Lunatic asylums Bombay report 1878-1890 - 1878-1890
Year: 1878
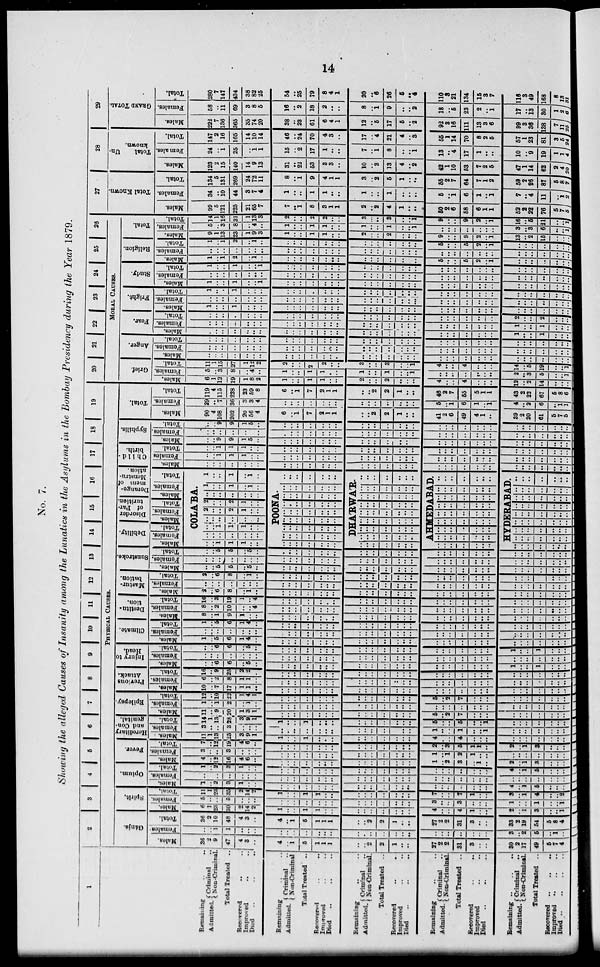
14
No. 7.
Showing the alleged Causes of Insanity among the Lunatics in the Asylums in the Bombay Presidency during the Year 1879.
1
Remaining ..
Admitted. Criminal ..
Non-Criminal.
Total Treated
..
Recovered .. ..
Improved .. ..
Died .. ..
Remaining .. ..
Admitted. Criminal ..
Non-Criminal
Total Treated
..
Recovered .. ..
Improved .. ..
Died .. .. ..
Remaining .. .. ..
Admitted. Criminal ..
Non-Criminal.
Total Treated ..
Recovered
..
..
Improved .. ..
Died .. .. ..
Remaining
..
..
Admitted. Criminal ..
Non-Criminal.
Total Treated ..
Recovered
..
..
Improved .. ..
Died .. .. ..
Remaining
..
..
..
Admitted. Criminal
..
Non-Criminal.
Total Treated ..
Recovered
..
..
..
Improved .. .. ..
Died
..
..
..
..
2
3
4 5
6
7
8
9
10 11 12 13 14
15
16
17
18
19
PHYSICAL CAUSES.
Gánja.
Males.
36
2
9
47
4
3
..
4
..
1
5
1
1
1
..
..
2
2
1
..
..
27
2
2
31
3
..
..
30
2
17
49
5
7
4
Females.
..
..
1
1
..
..
..
..
..
..
..
..
..
..
..
..
..
..
..
..
..
..
..
..
..
..
..
..
3
..
2
6
..
1
..
Total.
36
2
10
48
4
3
..
4
..
1
5
1
1
1
..
..
2
2
1
..
..
27
2
2
31
3
..
..
33
2
19
54
5
8
4
Spirit.
Males.
6
1
25
30
2
14
2
1
..
..
1
1
..
..
..
..
..
..
..
..
..
4
..
..
4
1
..
..
2
..
1
3
..
..
1
Females.
5
..
..
5
..
..
..
..
..
..
..
..
..
..
..
..
..
..
..
..
..
3
..
..
3
..
..
..
3
..
..
1
..
..
1
Total.
11
1
23
35
2
14
2
1
..
..
1
1
..
..
..
..
..
..
..
..
..
7
..
..
7
1
..
..
3
..
1
4
..
..
2
Opium.
Males.
1
..
2
3
1
..
..
..
..
..
..
..
..
..
..
..
..
..
..
..
..
..
..
..
..
..
..
..
4
..
1
5
..
..
..
Females.
..
..
..
..
..
..
..
..
..
..
..
..
..
..
..
..
..
..
..
..
..
..
..
..
..
..
..
..
..
..
..
..
..
..
..
Total.
1
..
2
3
1
..
..
..
..
..
..
..
..
..
..
..
..
..
..
..
..
..
..
..
..
..
..
..
4
..
1
5
..
..
..
Fever.
Males.
4
..
12
16
4
6
..
..
..
..
..
..
..
..
..
..
..
..
..
..
..
1
..
2
3
..
1
..
2
..
1
3
..
..
..
Females.
3
..
..
3
..
..
..
..
..
..
..
..
..
..
..
..
..
..
..
..
..
1
..
1
2
1
..
..
..
..
..
..
..
..
..
Total.
7
..
12
19
4
6
..
..
..
..
..
..
..
..
..
..
..
..
..
..
..
2
..
3
5
1
1
..
2
..
1
3
..
..
..
Hereditary
and Con-
genital.
Males. .
11
1
13
25
3
9
1
1
..
..
1
..
..
..
..
..
..
..
..
..
..
4
..
..
4
..
..
..
..
..
..
..
..
..
..
Females.
3
..
..
3
..
..
..
1
..
..
..
..
..
..
..
..
..
..
..
..
..
1
..
..
1
..
..
1
..
..
..
..
..
..
..
Total.
14
1
13
28
3
9
1
1
..
..
1
..
..
..
..
..
..
..
..
..
..
5
..
..
5
..
..
1
..
..
..
..
..
..
..
Epilepsy.
Males.
11
..
9
20
1
3
1
..
..
..
..
..
..
..
..
..
..
..
..
..
..
5
..
2
7
..
..
..
..
..
..
..
..
..
..
Females.
1
..
1
2
..
1
..
..
..
..
..
..
..
..
..
..
..
..
..
..
..
..
..
..
..
..
..
..
..
..
..
..
..
..
..
Total.
12
..
10
22
1
4
1
..
..
..
..
..
..
..
..
..
..
..
..
..
..
5
..
2
7
..
..
..
..
..
..
..
..
..
..
Previous
Attack.
Males.
10
..
7
17
1
1
..
..
..
..
..
..
..
..
..
..
..
..
..
..
..
..
..
..
..
..
..
..
..
..
..
..
..
..
..
Females.
6
..
2
8
1
1
..
..
..
..
..
..
..
..
..
..
..
..
..
..
..
..
..
..
..
..
..
..
..
..
..
..
..
..
..
Total.
16
..
9
25
2
2
..
..
..
..
..
..
..
..
..
..
..
..
..
..
..
..
..
..
..
..
..
..
..
..
..
..
..
..
..
Injury to
Head.
Males.
..
..
6
6
..
5
..
..
..
..
..
..
..
..
..
..
..
..
..
..
..
..
..
..
..
..
..
..
1
..
..
1
..
..
..
Females.
..
..
..
..
..
..
..
..
..
..
..
..
..
..
..
..
..
..
..
..
..
..
..
..
..
..
..
..
..
..
..
..
..
..
..
Total.
..
..
6
6
..
5
..
..
..
..
..
..
..
..
..
..
..
..
..
..
..
..
..
..
..
..
..
..
1
..
..
1
..
..
..
Climate.
Males.
1
..
5
6
1
4
..
..
..
..
..
..
..
..
..
..
..
..
..
..
..
..
..
..
..
..
..
..
..
..
..
..
..
..
..
Females.
..
..
..
..
..
..
..
..
..
..
..
..
..
..
..
..
..
..
..
..
..
..
..
..
..
..
..
..
..
..
..
..
..
..
..
Total.
1
..
5
6
1
..
..
..
..
..
..
..
..
..
..
..
..
..
..
..
..
..
..
..
..
..
..
..
..
..
..
..
..
..
..
Destitu-
tion.
Males.
8
..
1
9
1
..
..
..
..
..
..
..
..
..
..
..
..
..
..
..
..
..
..
..
..
..
..
..
..
..
..
..
..
..
..
Females.
8
..
2
10
..
..
4
..
..
..
..
..
..
..
..
..
..
..
..
..
..
..
..
..
..
..
..
..
..
..
..
..
..
..
..
Total.
16
..
3
19
1
..
4
..
..
..
..
..
..
..
..
..
..
..
..
..
..
..
..
..
..
..
..
..
..
..
..
..
..
..
..
Mastur-
bation.
Males.
2
..
6
8
..
1
..
..
..
..
..
..
..
..
..
..
..
..
..
..
..
..
..
..
..
..
..
..
..
..
..
..
..
..
..
Females.
..
..
..
..
..
..
..
..
..
..
..
..
..
..
..
..
..
..
..
..
..
..
..
..
..
..
..
..
..
..
..
..
..
..
..
Total.
2
..
6
8
..
1
..
..
..
..
..
..
..
..
..
..
..
..
..
..
..
..
..
..
..
..
..
..
..
..
..
..
..
..
..
Sunstroke.
Males.
..
..
5
5
..
5
..
..
..
..
..
..
..
..
..
..
..
..
..
..
..
..
..
..
..
..
..
..
..
..
..
..
..
..
..
Females.
..
..
..
..
..
..
..
..
..
..
..
..
..
..
..
..
..
..
..
..
..
..
..
..
..
..
..
..
..
..
..
..
..
..
..
Total.
..
..
5
5
..
5
..
..
..
..
..
..
..
..
..
..
..
..
..
..
..
..
..
..
..
..
..
..
..
..
..
..
..
..
..
Debility.
Males.
Females.
Total.
Disorder
of Par-
turition.
Males.
Females.
Total.
Derange-
ment of
Menstru-
ation .
Males.
Females.
Total.
COLA'BA.
..
..
1
1
1
..
..
..
..
..
..
..
..
..
..
..
1
1
1
..
..
..
..
..
..
..
..
..
2
..
..
2
1
..
..
2
..
..
2
1
..
..
..
..
..
..
..
..
..
1
..
..
1
..
1
..
1
..
..
1
..
1
..
POONA.
..
..
..
..
..
..
..
..
..
..
..
..
..
..
..
..
..
..
..
..
..
..
..
..
..
..
..
..
..
..
..
..
..
..
..
..
..
..
..
..
..
..
..
..
..
..
..
..
..
..
..
..
..
..
..
..
..
..
..
..
..
..
..
DHA'RWA'R.
..
..
..
..
..
..
..
..
..
..
..
..
..
..
..
..
..
..
..
..
..
..
..
..
..
..
..
..
..
..
..
..
..
..
..
..
..
..
..
..
..
..
..
..
..
..
..
..
..
..
..
..
..
..
..
..
..
..
..
..
..
..
..
AHMEDABAD.
..
..
..
..
..
..
..
..
..
..
..
..
..
..
..
..
..
..
..
..
..
..
..
..
..
..
..
..
..
..
..
..
..
..
..
..
..
..
..
..
..
..
..
..
..
..
..
..
..
..
..
..
..
..
..
..
..
..
..
..
..
..
..
HYDERABAD.
..
..
..
..
..
..
..
..
..
..
..
..
..
..
..
..
..
..
..
..
..
..
..
..
..
..
..
..
..
..
..
..
..
..
..
..
..
..
..
..
..
..
..
..
..
..
..
..
..
..
..
..
..
..
..
..
..
..
..
..
..
..
..
Child-
birth.
Males.
..
..
..
..
..
..
..
..
..
..
..
..
..
..
..
..
..
..
..
..
..
..
..
..
..
..
..
..
..
..
..
..
..
..
..
Females
..
..
1
1
1
..
..
..
..
..
..
..
..
..
..
..
..
..
..
..
..
..
..
..
..
..
..
..
..
..
..
..
..
..
..
Total.
..
..
1
1
1
..
..
..
..
..
..
..
..
..
..
..
..
..
..
..
..
..
..
..
..
..
..
..
..
..
..
..
..
..
..
Syphilis.
Males.
..
..
9
9
1
5
..
..
..
..
..
..
..
..
..
..
..
..
..
..
..
..
..
..
..
..
..
..
..
..
..
..
..
..
..
Females.
..
..
..
..
..
..
..
..
..
..
..
..
..
..
..
..
..
..
..
..
..
..
..
..
..
..
..
..
..
..
..
..
..
..
..
Total.
..
..
9
9
1
5
..
..
..
..
..
..
..
..
..
..
..
..
..
..
..
..
..
..
..
..
..
..
..
..
..
..
..
..
..
Total.
Males.
90
4
108
202
20
56
4
6
..
1
7
2
1
1
..
..
2
2
1
..
..
41
2
6
49
4
1
..
39
2
20
61
5
7
5
Females.
29
..
7
36
3
3
4
..
..
..
..
..
..
..
..
..
..
..
..
..
..
5
..
1
6
1
..
1
4
..
2
6
..
1
1
Total.
119
4
115
238
23
59
8
6
..
1
7
2
1
1
..
..
2
2
1
..
..
46
2
7
65
5
1
1
43
2
22
67
5
8
6
20
21
22
23
24
25
26
MORAL CAUSES.
Grief.
Males.
6
1
12
19
1
8
2
1
..
..
1
1
..
..
2
..
..
2
..
..
..
4
..
..
4
..
..
..
12
..
2
14
..
..
..
Females.
5
..
3
8
..
4
..
1
..
..
1
1
..
..
1
..
..
1
..
..
1
..
..
..
..
..
..
..
2
..
3
5
..
..
1
Total.
11
1
15
27
1
12
2
2
..
..
2
2
..
..
3
..
..
3
..
..
1
4
..
..
4
..
..
..
14
..
5
19
..
..
1
Anger.
Males.
..
..
..
..
..
..
..
..
..
..
..
..
..
..
..
..
..
..
..
..
..
..
..
..
..
..
..
..
..
..
..
..
..
..
..
Females.
..
..
..
..
..
..
..
..
..
..
..
..
..
..
..
..
..
..
..
..
..
..
..
..
..
..
..
..
..
..
..
..
..
..
..
Total.
..
..
..
..
..
..
..
..
..
..
..
..
..
..
..
..
..
..
..
..
..
..
..
..
..
..
..
..
..
..
..
..
..
..
..
Fear.
Males.
..
..
..
..
..
..
..
..
..
..
..
..
..
..
..
..
..
..
..
..
..
..
..
..
..
..
..
..
1
..
..
1
..
..
..
Females.
..
..
..
..
..
..
..
..
..
..
..
..
..
..
..
..
..
..
..
..
..
..
..
..
..
..
..
..
1
..
..
1
..
..
..
Total.
..
..
..
..
..
..
..
..
..
..
..
..
..
..
..
..
..
..
..
..
..
..
..
..
..
..
..
..
2
..
..
2
..
..
..
Fright.
Males.
1
..
..
1
..
..
..
..
..
..
..
..
..
..
..
..
..
..
..
..
..
..
..
..
..
..
..
..
..
..
..
..
..
..
..
Females.
..
..
..
..
..
..
..
..
..
..
..
..
..
..
..
..
..
..
..
..
..
..
..
..
..
..
..
..
..
..
..
..
..
..
..
Total.
1
..
..
1
..
..
..
..
..
..
..
..
..
..
..
..
..
..
..
..
..
..
..
..
..
..
..
..
..
..
..
..
..
..
..
Study.
Males.
1
..
..
1
..
..
1
..
..
..
..
..
..
..
..
..
..
..
..
..
..
..
..
..
..
..
..
..
..
..
..
..
..
..
..
Females.
..
..
..
..
..
..
..
..
..
..
..
..
..
..
..
..
..
..
..
..
..
..
..
..
..
..
..
..
..
..
..
..
..
..
..
Total.
1
..
..
1
..
..
1
..
..
..
..
..
..
..
..
..
..
..
..
..
..
..
..
..
..
..
..
..
..
..
..
..
..
..
..
Religion.
Males.
1
..
1
2
..
1
..
..
..
..
..
..
..
..
..
..
..
..
..
..
..
5
..
..
5
2
..
1
..
..
..
..
..
..
..
Females.
..
..
..
..
..
..
..
..
..
..
..
..
..
..
..
..
..
..
..
..
..
..
..
..
..
..
..
..
..
..
..
..
..
..
..
Total.
1
..
1
2
..
1
..
..
..
..
..
..
..
..
..
..
..
..
..
..
..
5
..
..
5
2
..
1
..
..
..
..
..
..
..
Total.
Males.
9
1
13
23
1
9
3
1
..
..
1
1
..
..
2
..
..
2
..
..
..
9
..
..
9
2
..
1
13
..
2
15
..
..
..
Females.
5
..
3
8
..
4
..
1
..
..
1
1
..
..
1
..
..
1
..
..
1
..
..
..
..
..
..
..
3
..
3
6
..
..
1
Total.
14
1
16
31
1
13
3
2
..
..
2
2
..
..
3
..
..
3
..
..
1
9
..
..
9
2
..
1
16
..
6
21
..
..
1
27
Total Known.
Males.
99
5
121
225
21
65
7
7
..
1
8
3
1
1
2
..
2
4
1
..
..
50
2
6
58
6
1
1
52
2
22
76
5
7
5
Females.
34
..
10
44
3
7
4
1
..
..
1
1
..
..
1
..
..
1
..
..
..
6
..
1
6
1
..
1
7
..
4
11
..
1
2
Total.
134
5
131
269
24
72
11
8
..
1
9
4
1
1
3
..
2
5
1
..
..
55
2
7
64
7
1
2
59
2
26
87
5
8
7
28
Total
Un-
known.
Males.
123
2
15
140
14
9
13
31
..
22
53
3
3
..
10
..
3
13
4
..
2
42
1
10
53
7
2
5
47
1
14
62
2
4
20
Females.
24
..
1
25
..
1 1
15
..
2
17
1
..
..
7
..
1
8
..
..
1
13
..
4
17
1
..
..
10
..
9
19
1
1
4
Total.
147
2
16
165
14
10
14
46
..
24
70
4
3
..
17
..
4
21
4
..
3
55
1
14
70
8
2
5
57
1
23
81
3
5
24
29
GRAND
TOTAL.
Males.
222
7
136
365
35
74
20
38
..
23
61
6
4
1
12
..
5
17
5
..
2
92
3
16
111
13
3
6
99
3
36
138
7
11
25
Females.
58
..
11
69
3
8
5
16
..
2
18
2
..
..
8
..
1
9
..
..
2
18
..
6
23
2
..
1
17
..
13
30
1
2
6
Total.
280
7
147
434
38
82
25
54
..
25
79
8
4
1
20
..
6
26
5
..
4
110
3
21
134
15
3
7
116
3
49
168
8
13
31